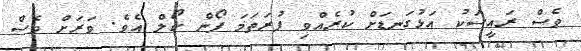
ވެސް ރައީސަކު އަޅުގަނޑަށް ކުރެއްވި ފުރަތަމަ ފޯން ކޯލް އެވެ. ވަރަށް ވެސް